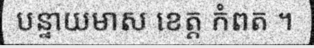
បន្ទាយមាស ខេត្ត កំពត ។